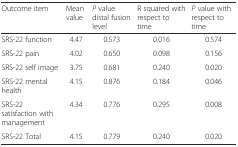
<table><thead><tr><td><b>Outcome item</b></td><td><b>Mean value</b></td><td><b><i>P</i> value distal fusion level</b></td><td><b>R squared with respect to time</b></td><td><b><i>P</i> value with respect to time</b></td></tr></thead><tbody><tr><td>SRS-22 function</td><td>4.47</td><td>0.573</td><td>0.016</td><td>0.574</td></tr><tr><td>SRS-22 pain</td><td>4.02</td><td>0.650</td><td>0.098</td><td>0.156</td></tr><tr><td>SRS-22 self image</td><td>3.75</td><td>0.681</td><td>0.240</td><td>0.020</td></tr><tr><td>SRS-22 mental health</td><td>4.15</td><td>0.876</td><td>0.184</td><td>0.046</td></tr><tr><td>SRS-22 satisfaction with management</td><td>4.34</td><td>0.776</td><td>0.295</td><td>0.008</td></tr><tr><td>SRS-22 Total</td><td>4.15</td><td>0.779</td><td>0.240</td><td>0.020</td></tr></tbody></table>